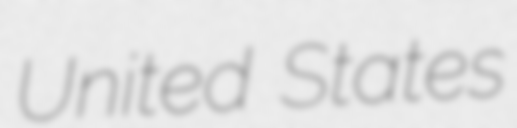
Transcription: United States